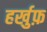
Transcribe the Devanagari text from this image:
हर्खुफ़